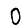
Digit: 0